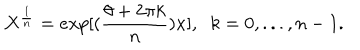
LaTeX: X ^ { \frac { 1 } { n } } = e x p [ ( \frac { \theta + 2 \pi k } { n } ) x ] , \; \; k = 0 , . . . , n - 1 .